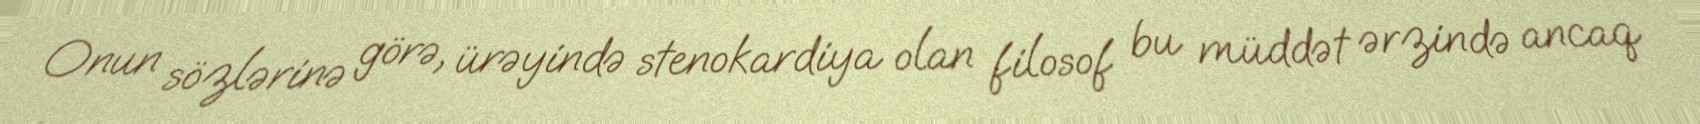
Onun sözlərinə görə, ürəyində stenokardiya olan filosof bu müddət ərzində ancaq